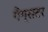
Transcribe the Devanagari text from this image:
गैंग्सटर